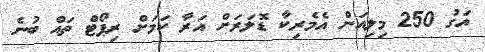
އަގު 250 މިލިއަން އެމެރިކާ ޑޮލަރަށް އަރާ ކަމަށް ރިޕޯޓް ތައް ބުނެ